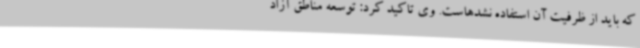
که باید از ظرفیت آن استفاده نشدهاست. وی تاکید کرد: توسعه مناطق آزاد